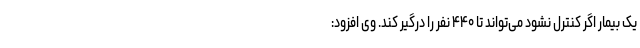
یک بیمار اگر کنترل نشود می‌تواند تا ۴۴۰ نفر را درگیر کند. وی افزود: